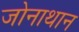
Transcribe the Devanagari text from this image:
जोनाथान